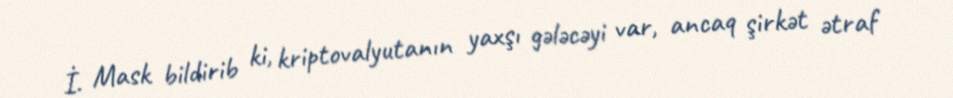
İ. Mask bildirib ki, kriptovalyutanın yaxşı gələcəyi var, ancaq şirkət ətraf